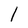
Character: 1